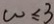
w \leq 3